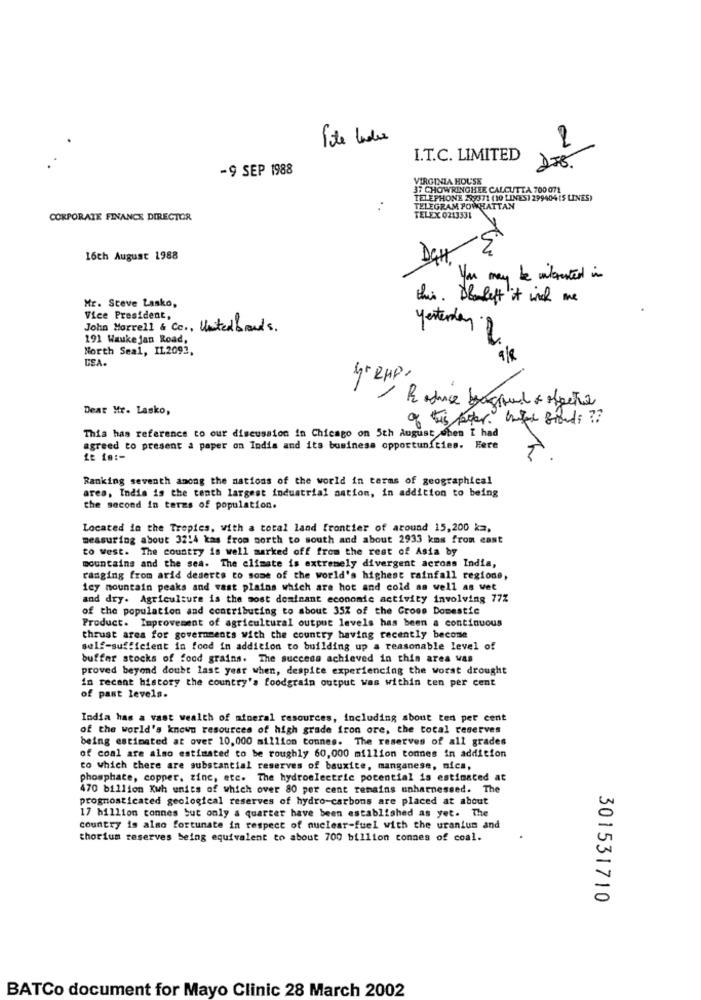
2
I.T.C. LIMITED
-9 SEP 1988
VIRGINIA HOUSE
37 CHOWRINGHER CALCUTTA 700 071
TELEPHONE 299371 (10 LINES) 299404 (S LINES)
TELEGRAM POWRATTAN
CORPORATE FINANCE DIRECTOR
TELEX 0213331
16th August 1988
Da
You may be interested in
this. Dlaleft it ink me
Mr. Steve Lasko,
Vice President,
John Morrell & Cc ., Unitedbrands.
yesterday
191 Waukejan Road,
North Seal, IL2092,
LEA.
4º RHP.
2
Dear Mr. Lasko,
of this peter. unter Brands ??
This has reference to our discussion in Chicago on 5th August when I had
agreed to present a paper on India and its business opportunities. Fere
Ranking seventh among the nations of the world in terms of geographical
area, India is the tenth largest industrial nation, in addition to being
the second in terms of population.
Located in the Tropics, with a total land frontier of around 15,200 km,
measuring about 3214 kas from north to south and about 2933 kms from east
to west. The country is well marked off from the rest of Asia by
mountains and the sea. The climate is extremely divergent across India,
ranging from arid deserts to some of the world's highest rainfall regione,
icy mountain peaks and vast plains which are hot and cold as well as vet
and dry. Agriculture is the most dominant economic activity involving 77Z
of the population and contributing to about 35% of the Gross Domestic
Product. Improvement of agricultural output levels has been a continuous
thrust area for governments with the country having recently become
self-sufficient in food in addition to building up a reasonable level of
buffer stocks of food grains. The success achieved in this area was
proved beyond doubt last year when, despite experiencing the worst drought
in recent history the country's foodgrain output was within ten per cent
of past levels.
India has a vast wealth of mineral resources, including about ten per cent
of the world's known resources of high grade iron ore, the total reserves
being estimated at over 10,000 million tonnes. The reserves of all grades
of coal are also estimated to be roughly 60,000 million tonnes in addition
to which there are substantial reserves of bauxite, manganese, nica,
phosphate, copper, zinc, etc. The hydroelectric potential is estimated at
470 billion Kwh units of which over 80 per cent remains unharnessed. The
prognosticated geological reserves of hydro-carbons are placed at about
17 billion tonnes but only a quarter have been established as yet. The
country is also fortunate in respect of nuclear-fuel with the uranium and
thorium reserves being equivalent to about 700 billion connes of coal.
301531710
BATCo document for Mayo Clinic 28 March 2002